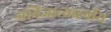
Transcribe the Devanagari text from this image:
अभिजात्यवर्गीय